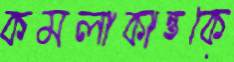
কমলাকান্তকে